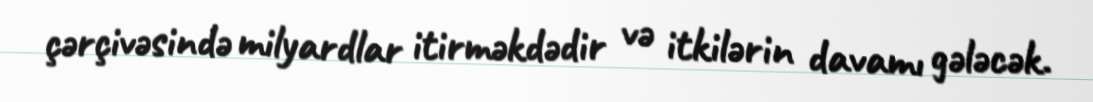
çərçivəsində milyardlar itirməkdədir və itkilərin davamı gələcək.